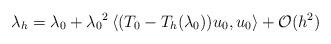
LaTeX: \begin{align*}\lambda_h=\lambda_0+{\lambda_0}^2\large\left\langle(T_0-T_h(\lambda_0))u_0,u_0\large\right\rangle+\mathcal{O}(h^2)\end{align*}